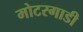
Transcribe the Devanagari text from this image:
मोटरगाडी